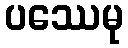
ပဿေမု